Madras plague regulations and rules for the city of Madras
Disease focus: Plague
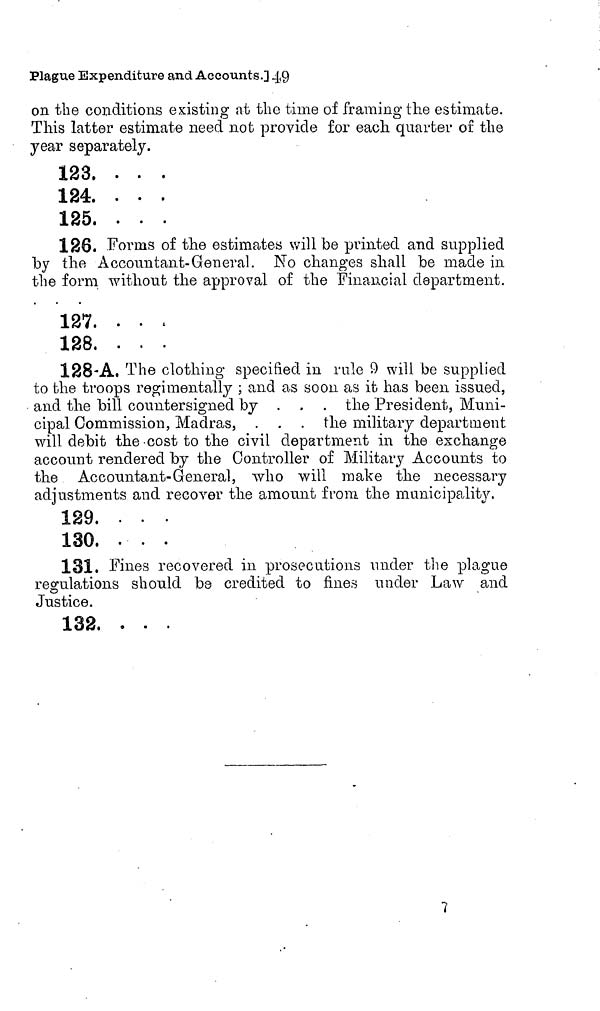
Plague Expenditure and Accounts.] 49
on the conditions existing at the time of framing the estimate.
This latter estimate need not provide for each quarter of the
year separately.
123. . . .
124. . . .
125. . . .
126. Forms of the estimates will be printed and supplied
by the Accountant-General. No changes shall be made in
the form without the approval of the Financial departaient.
127. . . .
128. . . .
128-A. The clothing specified in rule 9 will be supplied
to the troops regimentally ; and as soon as it has been issued,
and the bill countersigned by ...
the President, Muni-
cipal Commission, Madras, . . . the military department,
will debit the .cost to the civil department in the exchange
account rendered by the Controller of Military Accounts to
the Accountant-General, who will make the necessary
adjustments and recover the amount from the municipality.
129. . . .
130. . . .
131. Fines recovered in prosecutions under the plague
regulations should be credited to fines under Law and
Justice.
132. . . .